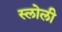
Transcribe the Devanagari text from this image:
स्लोली